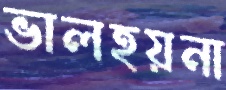
ভালহয়না